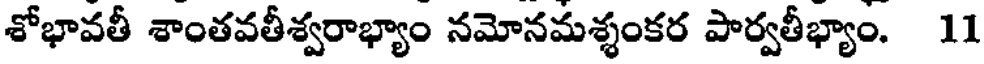
శోభావతీ శాంతవతీశ్వరాభ్యాం నమోనమశ్శంకర పార్వతీభ్యాం. 11